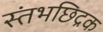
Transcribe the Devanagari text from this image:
स्तंभछिद्रक